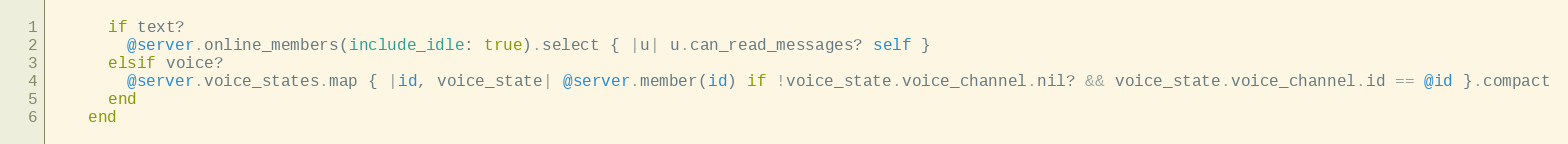
Language: Ruby
      if text?
        @server.online_members(include_idle: true).select { |u| u.can_read_messages? self }
      elsif voice?
        @server.voice_states.map { |id, voice_state| @server.member(id) if !voice_state.voice_channel.nil? && voice_state.voice_channel.id == @id }.compact
      end
    end